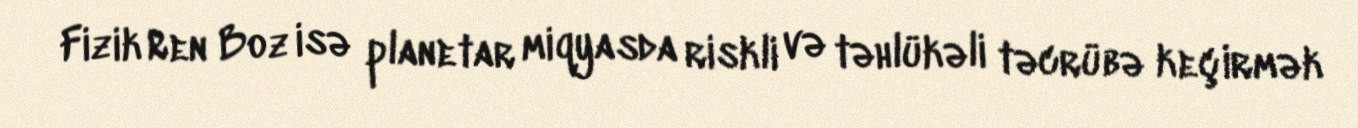
Fizik Ren Boz isə planetar miqyasda riskli və təhlükəli təcrübə keçirmək